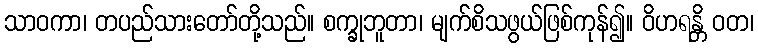
သာဝကာ၊ တပည်သားတော်တို့သည်။ စက္ခုဘူတာ၊ မျက်စိသဖွယ်ဖြစ်ကုန်၍။ ဝိဟရန္တိ ဝတ၊